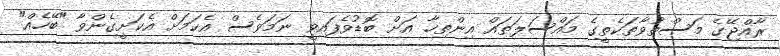
ރާއްޖޭގެ މަސްތުވާތަކެތީގެ މައްސަލަތައް އިންތިހާ އަށް ބޮޑުވެފައިވީ ނަމަވެސް އެކަމަށް އެކަށީގެންވާ "ބޭހެއް"